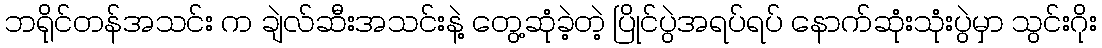
ဘရိုင်တန်အသင်း က ချဲလ်ဆီးအသင်းနဲ့ တွေ့ဆုံခဲ့တဲ့ ပြိုင်ပွဲအရပ်ရပ် နောက်ဆုံးသုံးပွဲမှာ သွင်းဂိုး